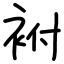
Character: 袝